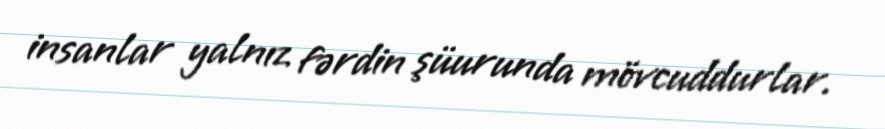
insanlar yalnız fərdin şüurunda mövcuddurlar.